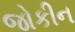
જોકીન